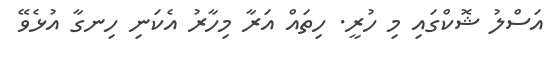
އަސްލު ޝޮކްގައި މި ހުރީ. ހިތައް އަރާ މިހާރު އެކަނި ހިނގާ އުޅެވޭ